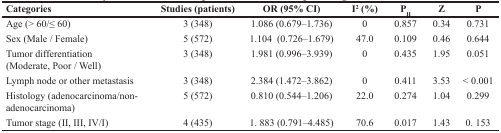
<table><thead><tr><td><b>Categories</b></td><td><b>Studies (patients)</b></td><td><b>OR (95% CI)</b></td><td><b>I<sup>2</sup> (%)</b></td><td><b>P<sub>H</sub></b></td><td><b>Z</b></td><td><b>P</b></td></tr></thead><tbody><tr><td>Age (&gt; 60/≤ 60)</td><td>3 (348)</td><td>1.086 (0.679–1.736)</td><td>0</td><td>0.857</td><td>0.34</td><td>0.731</td></tr><tr><td>Sex (Male / Female)</td><td>5 (572)</td><td>1.104 (0.726–1.679)</td><td>47.0</td><td>0.109</td><td>0.46</td><td>0.644</td></tr><tr><td>Tumor differentiation(Moderate, Poor / Well)</td><td>3 (348)</td><td>1.981 (0.996–3.939)</td><td>0</td><td>0.435</td><td>1.95</td><td>0.051</td></tr><tr><td>Lymph node or other metastasis</td><td>3 (348)</td><td>2.384 (1.472–3.862)</td><td>0</td><td>0.411</td><td>3.53</td><td>&lt; 0.001</td></tr><tr><td>Histology (adenocarcinoma/non-adenocarcinoma)</td><td>5 (572)</td><td>0.810 (0.544–1.206)</td><td>22.0</td><td>0.274</td><td>1.04</td><td>0.299</td></tr><tr><td>Tumor stage (II, III, IV/I)</td><td>4 (435)</td><td>1. 883 (0.791–4.485)</td><td>70.6</td><td>0.017</td><td>1.43</td><td>0. 153</td></tr></tbody></table>